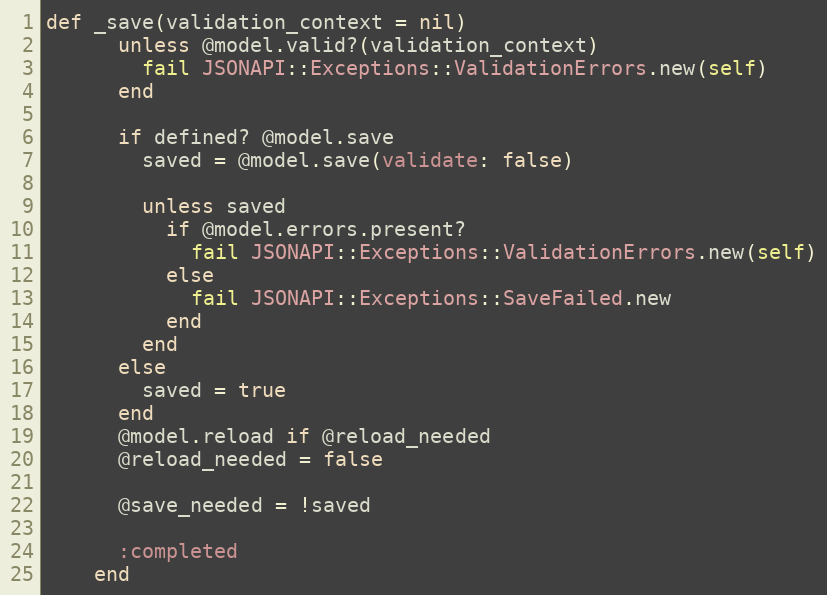
Language: Ruby
def _save(validation_context = nil)
      unless @model.valid?(validation_context)
        fail JSONAPI::Exceptions::ValidationErrors.new(self)
      end

      if defined? @model.save
        saved = @model.save(validate: false)

        unless saved
          if @model.errors.present?
            fail JSONAPI::Exceptions::ValidationErrors.new(self)
          else
            fail JSONAPI::Exceptions::SaveFailed.new
          end
        end
      else
        saved = true
      end
      @model.reload if @reload_needed
      @reload_needed = false

      @save_needed = !saved

      :completed
    end